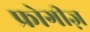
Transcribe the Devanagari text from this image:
फ्रोगीज़